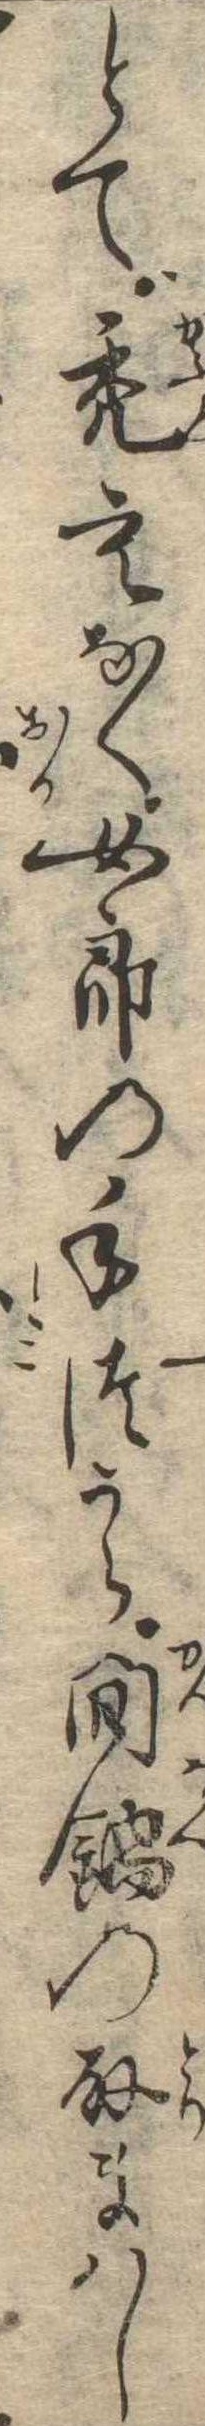
とて禿もなく女郎の手つから燗鍋の取まはし